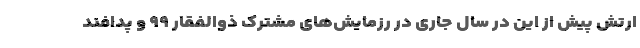
ارتش پیش از این در سال جاری در رزمایش‌های مشترک ذوالفقار ۹۹ و پدافند